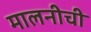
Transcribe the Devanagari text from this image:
मालनीची